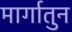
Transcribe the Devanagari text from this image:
मार्गातुन